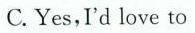
C. Yes,I'd love to